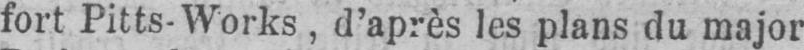
fort Pitts-Works, d’après les plans du major